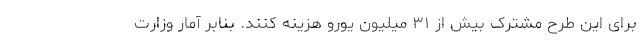
برای این طرح مشترک بیش از ۳۱ میلیون یورو هزینه کنند. بنابر آمار وزارت